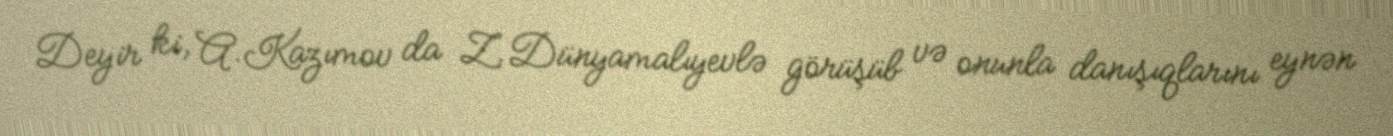
Deyir ki, A.Kazımov da Z.Dünyamalıyevlə görüşüb və onunla danışıqlarını eynən